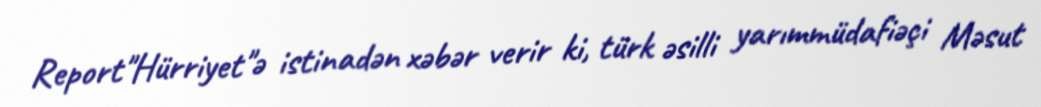
Report"Hürriyet"ə istinadən xəbər verir ki, türk əsilli yarımmüdafiəçi Məsut